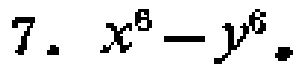
$7.\ x^{6}-y^{6}.$